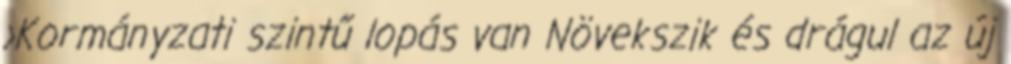
›Kormányzati szintű lopás van Növekszik és drágul az új